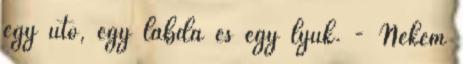
egy ütő, egy labda és egy lyuk. - Nekem